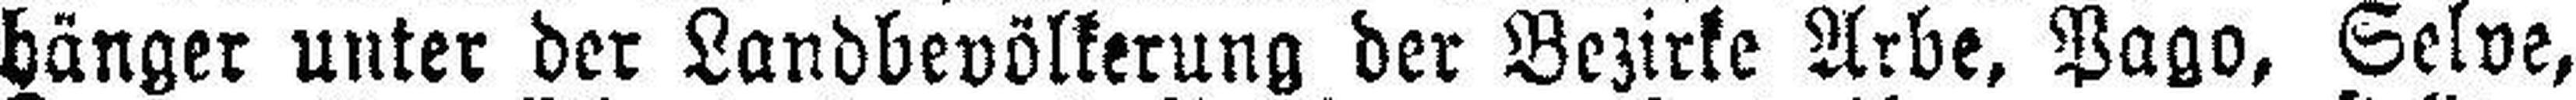
hänger unter der Landbevölkerung der Bezirke Arbe, Pago, Selve,